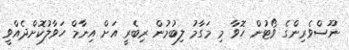
ނޫސްވެރިންގެ ވޯޓުން ހޮވާ މި މަގާމު ލިބުމުން ރިބެރީ އަށް އިނާމް ހަވާލުކޮށްދެއްވީ